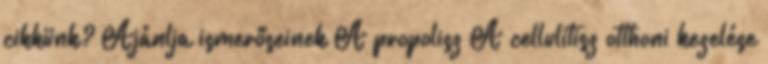
cikkünk? Ajánlja ismerőseinek A propolisz A cellulitisz otthoni kezelése